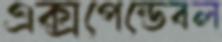
এক্সপেন্ডেবল